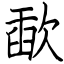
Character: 歃